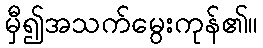
မှီ၍အသက်မွေးကုန်၏။